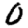
Digit: 0